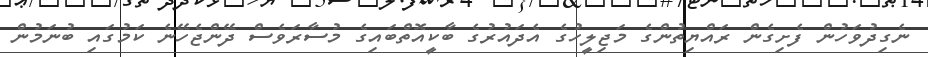
ނެގިދުވަހުން ފެށިގެން ރައްޔިތުންގެ މަޖިލީހުގެ އެދައުރުގެ ބާކީއޮތްބައިގެ މުސާރަވެސް ދޭންޖެހޭނެ ކަމުގައި ބުނަމުން